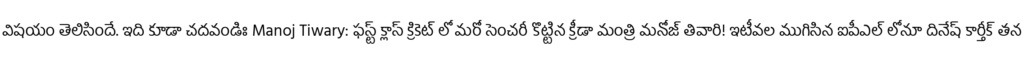
విషయం తెలిసిందే. ఇది కూడా చదవండిః Manoj Tiwary: ఫస్ట్ క్లాస్ క్రికెట్ లో మరో సెంచరీ కొట్టిన క్రీడా మంత్రి మనోజ్ తివారి! ఇటీవల ముగిసిన ఐపీఎల్ లోనూ దినేష్ కార్తీక్ తన